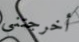
أخرجتني